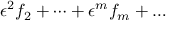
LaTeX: \epsilon ^ { 2 } f _ { 2 } + \dots + \epsilon ^ { m } f _ { m } + \dots